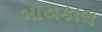
બાયકાલ